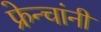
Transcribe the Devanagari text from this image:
फ्रेन्चांनी